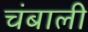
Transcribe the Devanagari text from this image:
चंबाली